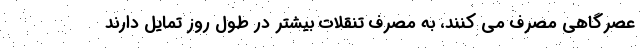
عصرگاهی مصرف می کنند، به مصرف تنقلات بیشتر در طول روز تمایل دارند